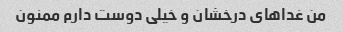
من غداهای درخشان و خیلی دوست دارم ممنون